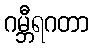
ဂမ္ဘီရဂတာ